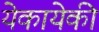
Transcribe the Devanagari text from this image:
येकायेकी